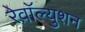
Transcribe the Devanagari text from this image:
रेव़ाॅल्युशन